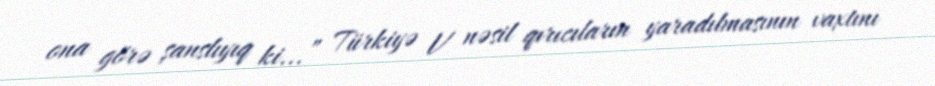
ona görə şanslıyıq ki...” Türkiyə V nəsil qırıcıların yaradılmasının vaxtını